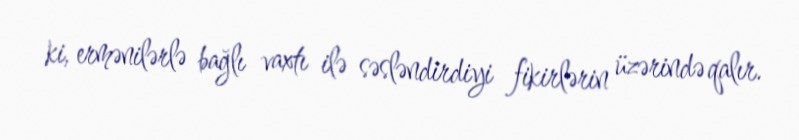
ki, ermənilərlə bağlı vaxtı ilə səsləndirdiyi fikirlərin üzərində qalır.